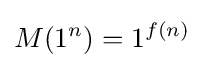
M(1^{n})=1^{f(n)}